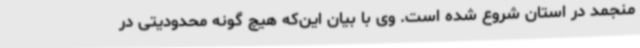
منجمد در استان شروع شده است. وی با بیان این‌که هیچ گونه محدودیتی در